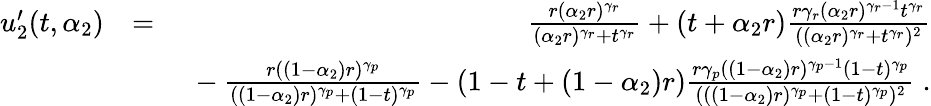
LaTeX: \begin{array}{rlr}{u_{2}^{\prime}(t,\alpha_{2})}&{=}&{\frac{r(\alpha_{2}r)^{\gamma_{r}}}{(\alpha_{2}r)^{\gamma_{r}}+t^{\gamma_{r}}}+(t+\alpha_{2}r)\frac{r\gamma_{r}(\alpha_{2}r)^{\gamma_{r}-1}t^{\gamma_{r}}}{((\alpha_{2}r)^{\gamma_{r}}+t^{\gamma_{r}})^{2}}}\\ &{}&{\mathrm{~}-\frac{r((1-\alpha_{2})r)^{\gamma_{p}}}{((1-\alpha_{2})r)^{\gamma_{p}}+(1-t)^{\gamma_{p}}}-(1-t+(1-\alpha_{2})r)\frac{r\gamma_{p}((1-\alpha_{2})r)^{\gamma_{p}-1}(1-t)^{\gamma_{p}}}{(((1-\alpha_{2})r)^{\gamma_{p}}+(1-t)^{\gamma_{p}})^{2}}\; .}\end{array}